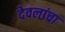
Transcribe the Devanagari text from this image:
देवलांचा